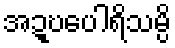
အဍ္ဎပေါရိသမ္ပိ